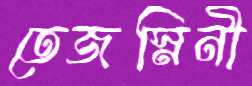
তেজস্নিনী